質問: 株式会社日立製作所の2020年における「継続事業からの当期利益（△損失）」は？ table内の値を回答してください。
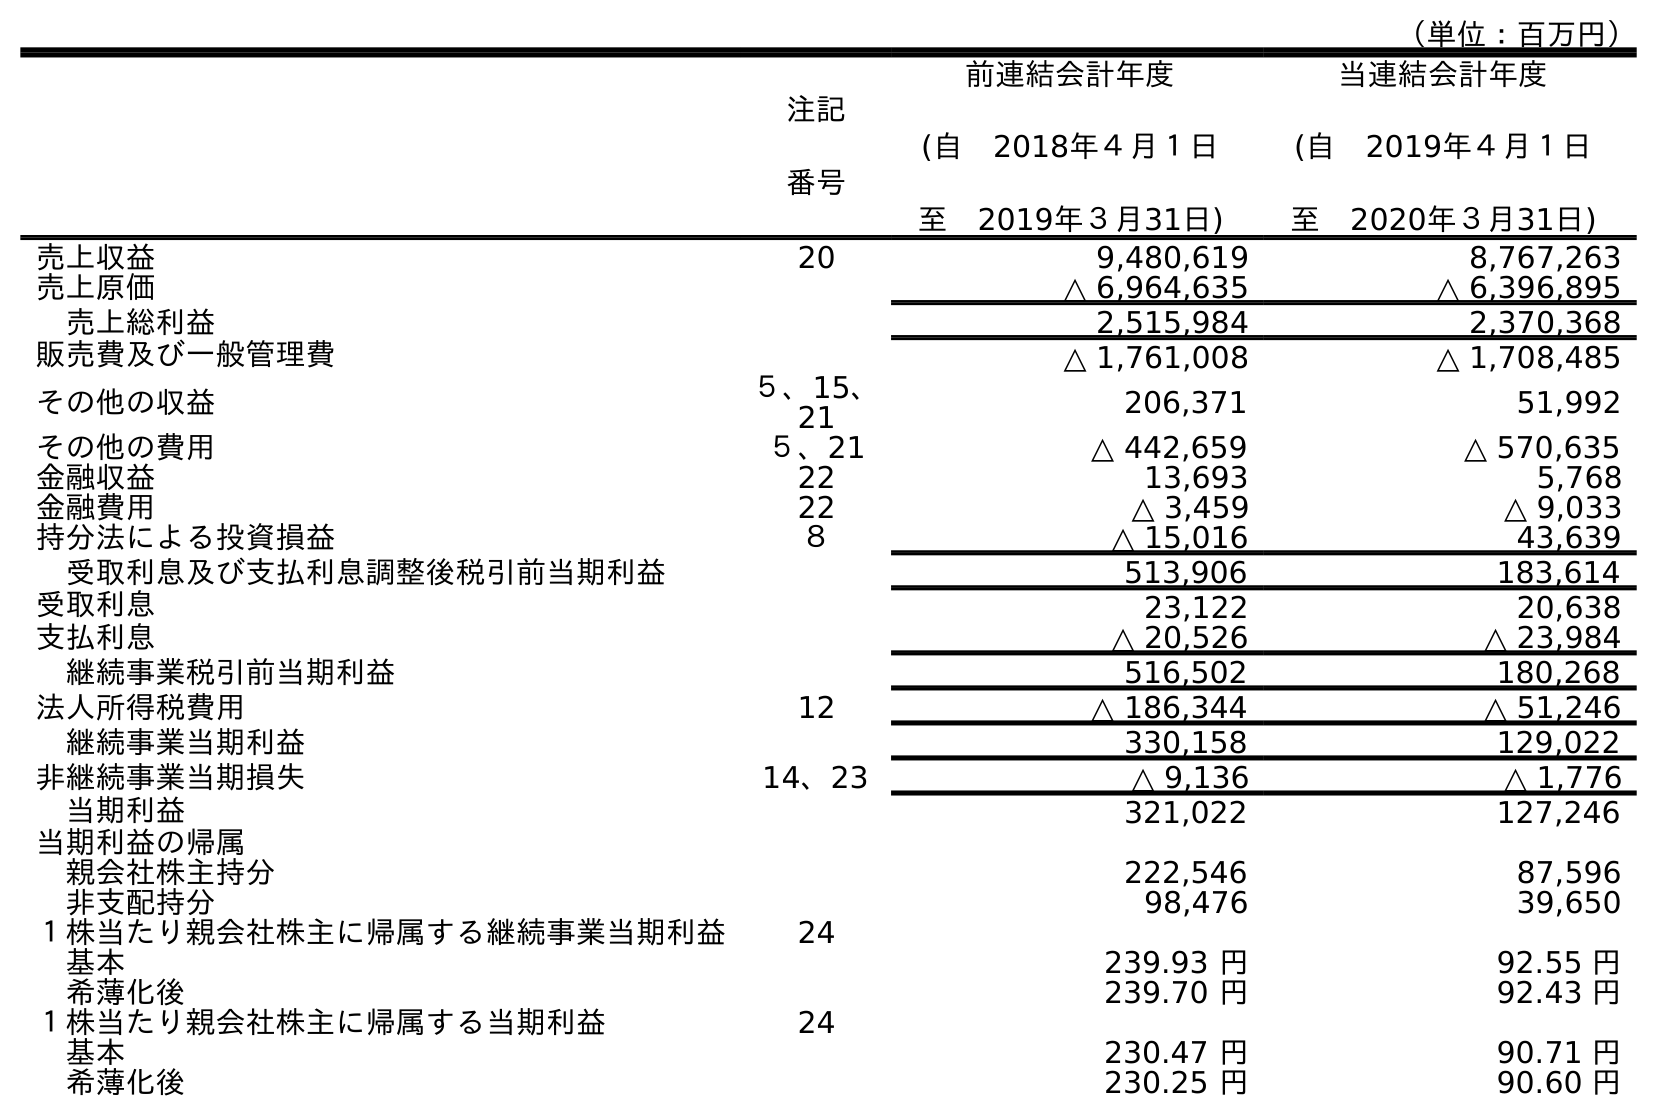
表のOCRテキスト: （単位：百万円） 注記 番号 前連結会計年度 (自 2018年４月１日 至 2019年３月31日) 当連結会計年度 (自 2019年４月１日 至 2020年３月31日) 売上収益 20 9,480,619 8,767,263 売上原価 △ 6,964,635 △ 6,396,895 売上総利益 2,515,984 2,370,368 販売費及び一般管理費 △ 1,761,008 △ 1,708,485 その他の収益 ５、15、 21 206,371 51,992 その他の費用 ５、21 △ 442,659 △ 570,635 金融収益 22 13,693 5,768 金融費用 22 △ 3,459 △ 9,033 持分法による投資損益 ８ △ 15,016 43,639 受取利息及び支払利息調整後税引前当期利益 513,906 183,614 受取利息 23,122 20,638 支払利息 △ 20,526 △ 23,984 継続事業税引前当期利益 516,502 180,268 法人所得税費用 12 △ 186,344 △ 51,246 継続事業当期利益 330,158 129,022 非継続事業当期損失 14、23 △ 9,136 △ 1,776 当期利益 321,022 127,246 当期利益の帰属 親会社株主持分 222,546 87,596 非支配持分 98,476 39,650 １株当たり親会社株主に帰属する継続事業当期利益 24 基本 239.93 円 92.55 円 希薄化後 239.70 円 92.43 円 １株当たり親会社株主に帰属する当期利益 24 基本 230.47 円 90.71 円 希薄化後 230.25 円 90.60 円
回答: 129,022